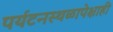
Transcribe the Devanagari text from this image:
पर्यटनस्थळापेक्षाही